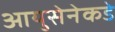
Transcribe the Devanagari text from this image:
आयुसेनेकडे